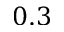
0 . 3